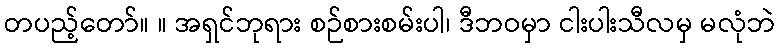
တပည့်တော်။ ။ အရှင်ဘုရား စဉ်စားစမ်းပါ၊ ဒီဘဝမှာ ငါးပါးသီလမှ မလုံဘဲ